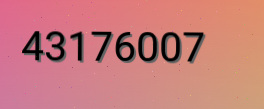
43176007